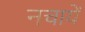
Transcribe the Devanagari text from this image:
नचायें